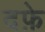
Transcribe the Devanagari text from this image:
दफ़े